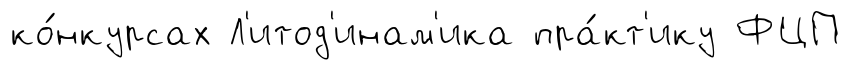
ко́нкурсах Л'итод'инам'ика пра́кт'ику ФЦП